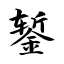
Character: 錾